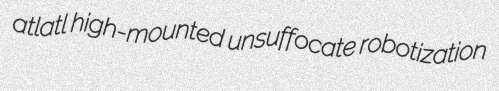
atlatl high-mounted unsuffocate robotization